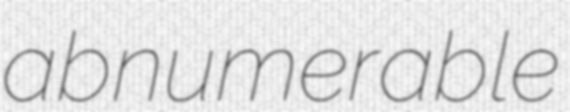
abnumerable